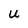
Character: U